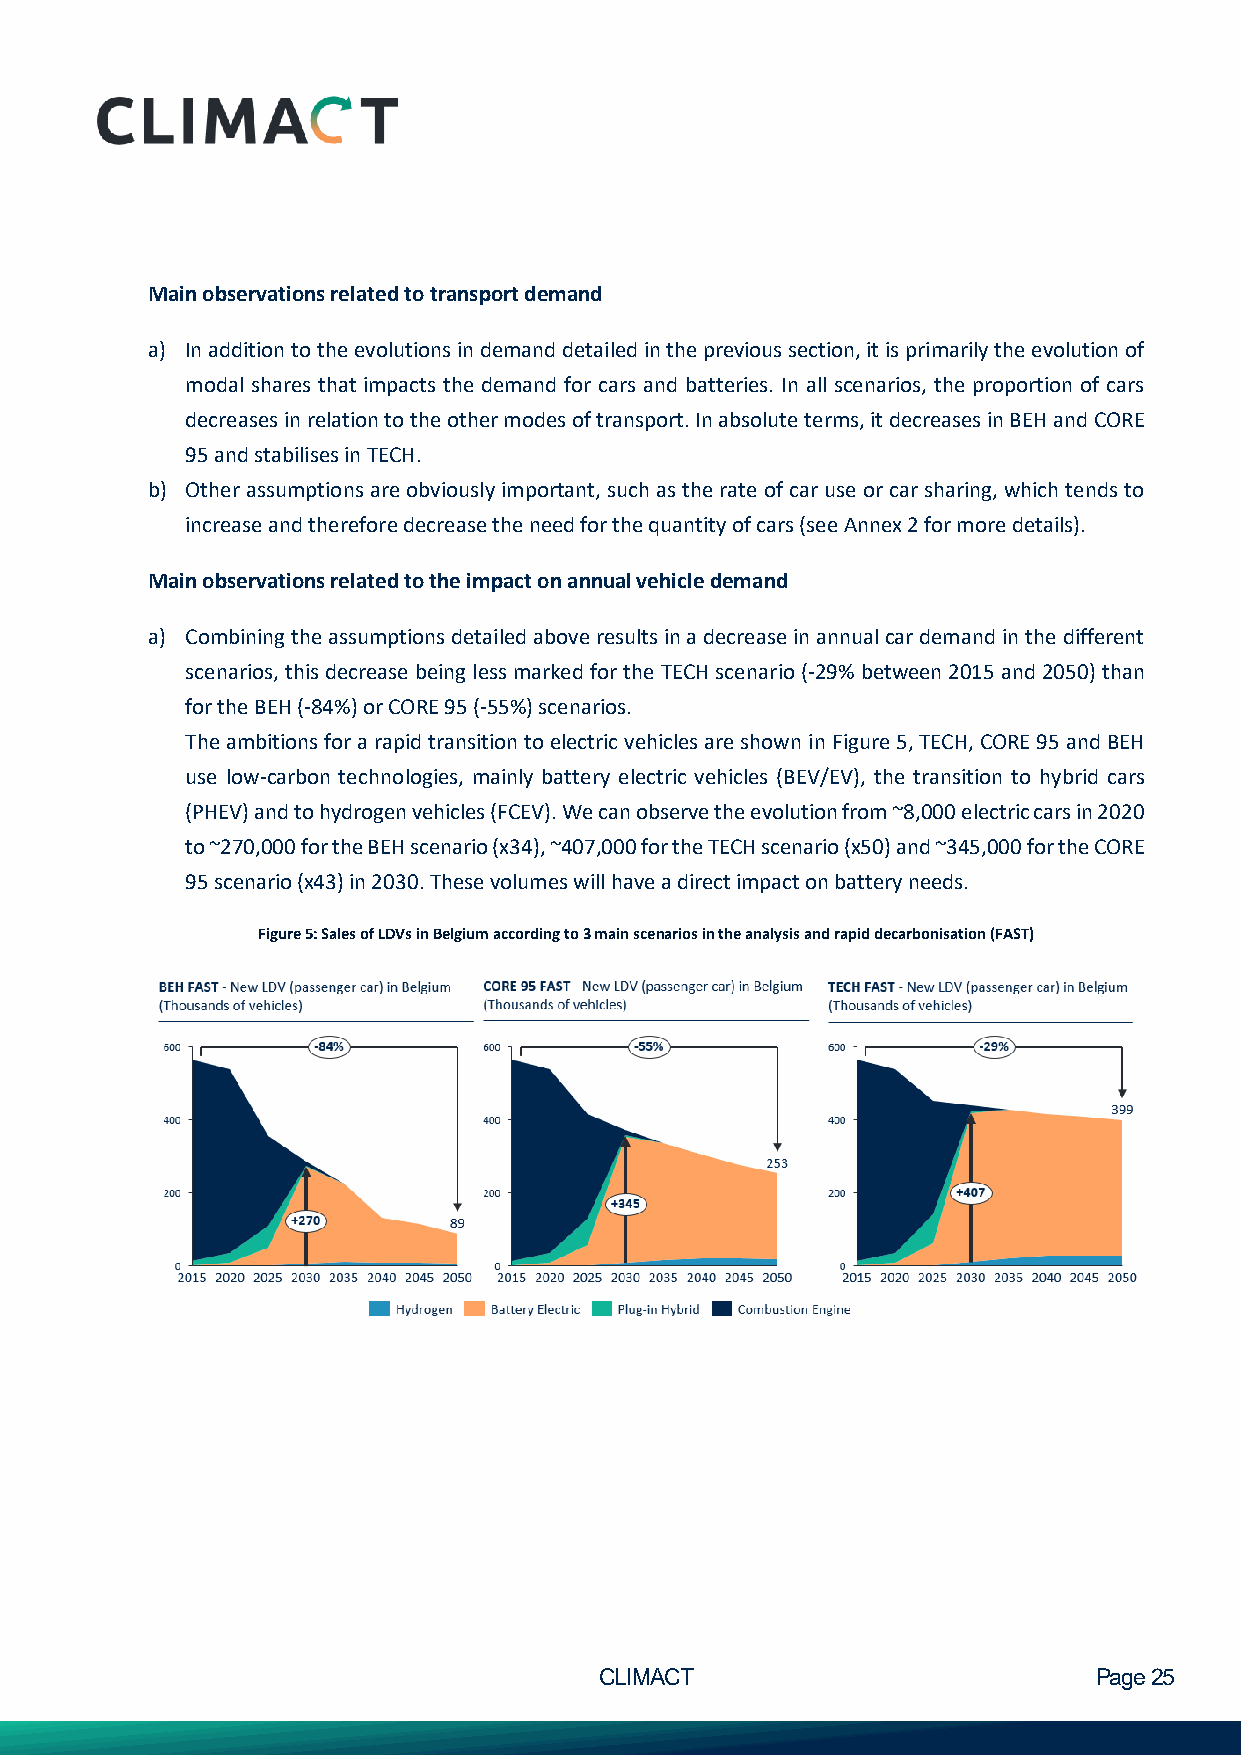
Main observations related to transport demand
 a) In addition to the evolutions in demand detailed in the previous section, it is primarily the evolution of
 modal shares that impacts the demand for cars and batteries. In all scenarios, the proportion of cars
 decreases in relation to the other modes of transport. In absolute terms, it decreases in BEH and CORE
 95 and stabilises in TECH.
 b) Other assumptions are obviously important, such as the rate of car use or car sharing, which tends to
 increase and therefore decrease the need for the quantity of cars (see Annex 2 for more details).
 Main observations related to the impact on annual vehicle demand
 a) Combining the assumptions detailed above results in a decrease in annual car demand in the different
 scenarios, this decrease being less marked for the TECH scenario (-29% between 2015 and 2050) than
 for the BEH (-84%) or CORE 95 (-55%) scenarios.
 The ambitions for a rapid transition to electric vehicles are shown in Figure 5, TECH, CORE 95 and BEH
 use low-carbon technologies, mainly battery electric vehicles (BEV/EV), the transition to hybrid cars
 (PHEV) and to hydrogen vehicles (FCEV). We can observe the evolution from ~8,000 electric cars in 2020
 to ~270,000 for the BEH scenario (x34), ~407,000 for the TECH scenario (x50) and ~345,000 for the CORE
 95 scenario (x43) in 2030. These volumes will have a direct impact on battery needs.
 Figure 5: Sales of LDVs in Belgium according to 3 main scenarios in the analysis and rapid decarbonisation (FAST)
 CLIMACT                         Page 25